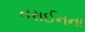
તરાઈનના